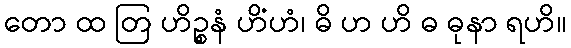
တော ထ တြ ဟိဉ္စနံ ဟိံဟံ၊ ဓိ ဟ ဟိ ဓ ဓုနာ ရဟိ။